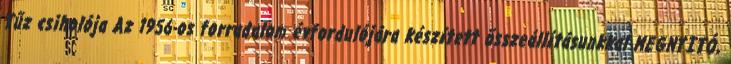
Tűz csiholója Az 1956-os forradalom évfordulójára készített összeállításunkkal MEGNYITÓ,